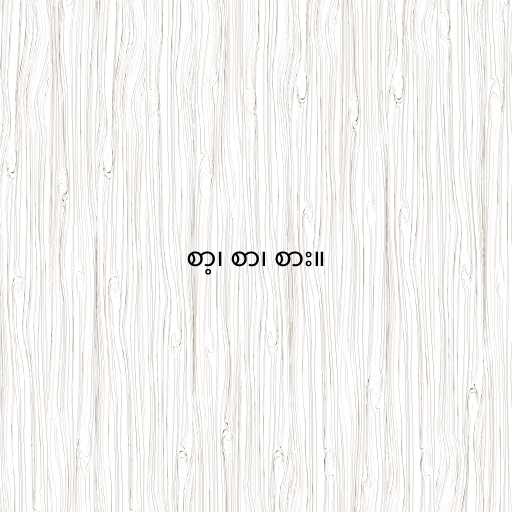
စာ့၊ စာ၊ စား။